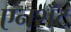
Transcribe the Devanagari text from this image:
एनशॅंट